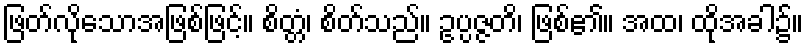
ဖြတ်လိုသောအဖြစ်ဖြင့်။ စိတ္တံ၊ စိတ်သည်။ ဥပ္ပဇ္ဇတိ၊ ဖြစ်၏။ အထ၊ ထိုအခါ၌။